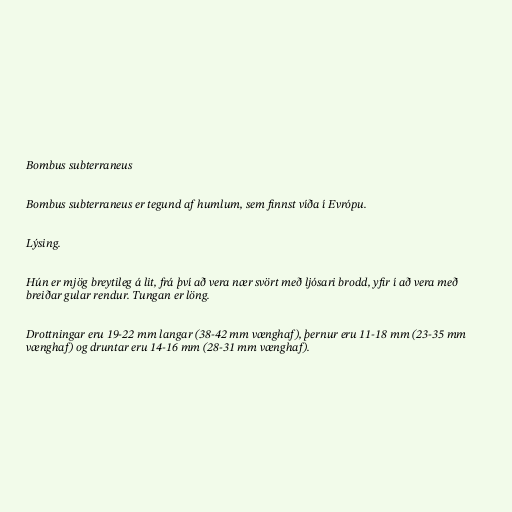
Bombus subterraneus

Bombus subterraneus er tegund af humlum, sem finnst víða í Evrópu.

Lýsing.

Hún er mjög breytileg á lit, frá því að vera nær svört með ljósari brodd, yfir í að vera með
breiðar gular rendur. Tungan er löng.

Drottningar eru 19-22 mm langar (38-42 mm vænghaf), þernur eru 11-18 mm (23-35 mm
vænghaf) og druntar eru 14-16 mm (28-31 mm vænghaf).